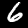
Digit: 6